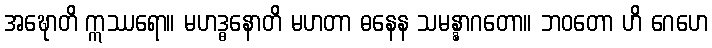
အဍ္ဎောတိ ဣဿရော။ မဟဒ္ဓနောတိ မဟတာ ဓနေန သမန္နာဂတော။ ဘဝတော ဟိ ဂေဟေ